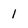
Character: l